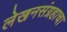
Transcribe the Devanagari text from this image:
लेखनसंग्रहाचा